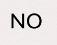
NO